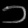
Digit: ၁